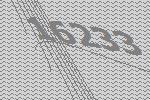
16233